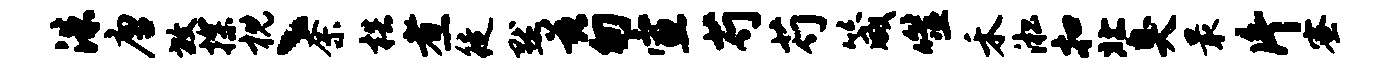
洙唐放探枕丶奈梏煮徒默兹匆宣芍芍箴噬禾淞扣北臭最片蜜